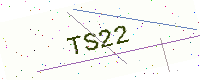
Text: TS22